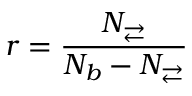
r = \frac { N _ { \rightleftarrows } } { N _ { b } - N _ { \rightleftarrows } }